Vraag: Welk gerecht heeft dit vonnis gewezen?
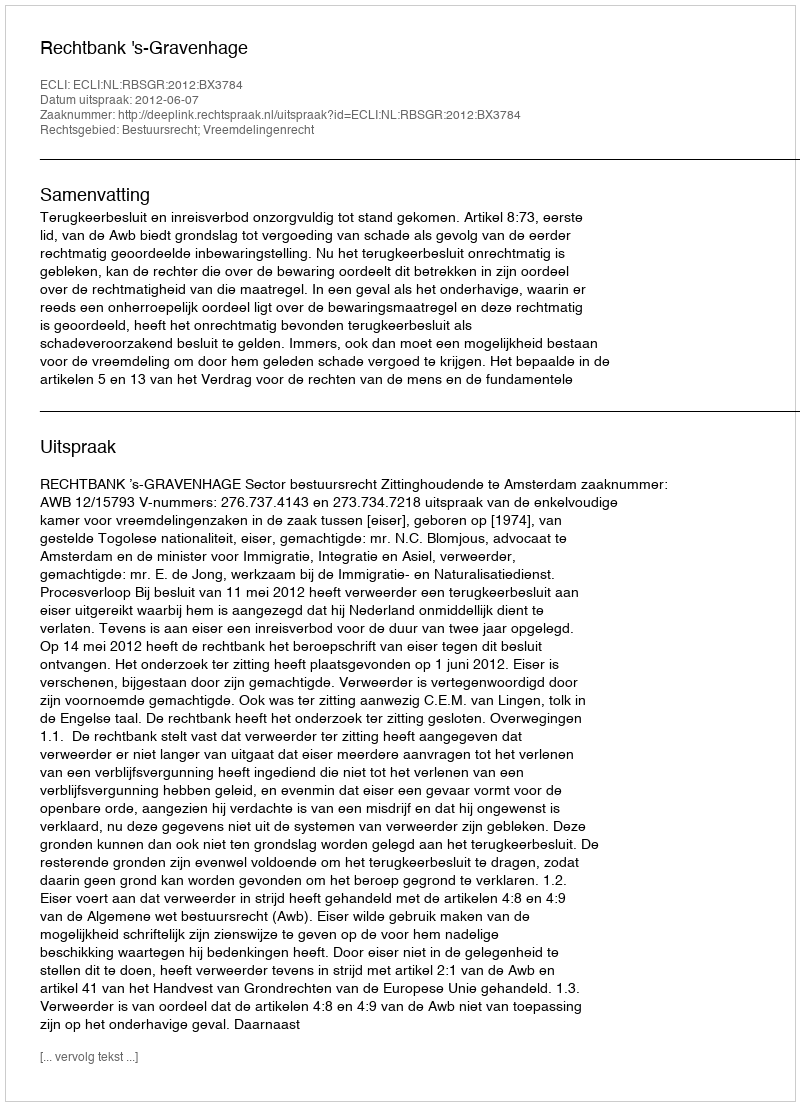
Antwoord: Rechtbank 's-Gravenhage